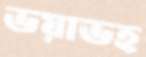
ভয়াভহ